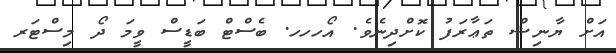
އަށް ޔާނިޝް ތަޢާރަފު ކޮށްދިނެވެ. އޯހހހ. ބެސްޓް ބަޑީސް ވީމަ ދޯ މިސްޓަރ